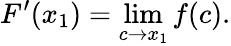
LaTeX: F^{\prime}(x_{1})=\operatorname*{lim}_{c\to x_{1}}f(c).